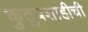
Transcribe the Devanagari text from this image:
कुतुबशाहीची